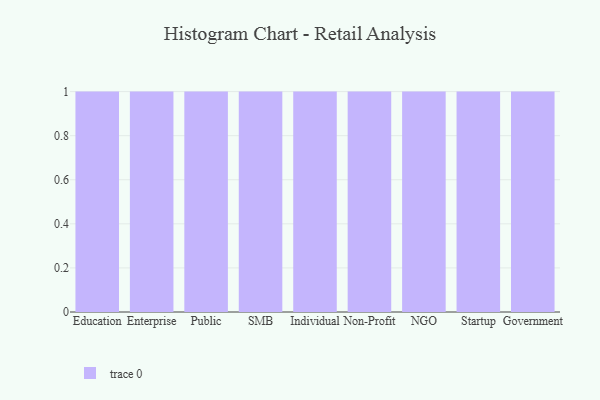
{"axis": {"x": "Segment", "y": "Website Visitors"}, "legend": [""], "data": [{"x": "Education", "y": 96, "type": ""}, {"x": "Enterprise", "y": 24, "type": ""}, {"x": "Public", "y": 81, "type": ""}, {"x": "SMB", "y": 28, "type": ""}, {"x": "Individual", "y": 52, "type": ""}, {"x": "Non-Profit", "y": 57, "type": ""}, {"x": "NGO", "y": 34, "type": ""}, {"x": "Startup", "y": 86, "type": ""}, {"x": "Government", "y": 82, "type": ""}]}